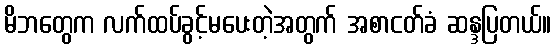
မိဘတွေက လက်ထပ်ခွင့်မပေးတဲ့အတွက် အစာငတ်ခံ ဆန္ဒပြတယ်။